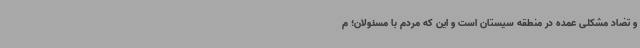
و تضاد مشکلی عمده در منطقه سیستان است و این که مردم با مسئولان؛ م